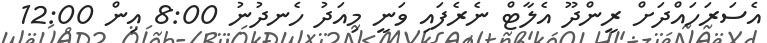
އެސަރަހައްދަށް ރީންދޫ އެލާޓް ނެރެފައި ވަނީ މިއަދު ހެނދުނު 8:00 އިން 12:00